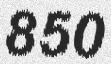
850